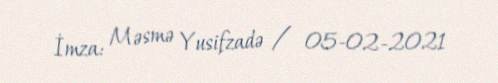
İmza: Məsmə Yusifzadə / 05-02-2021